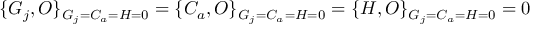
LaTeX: \{ G _ { j } , O \} _ { G _ { j } = C _ { a } = H = 0 } = \{ C _ { a } , O \} _ { G _ { j } = C _ { a } = H = 0 } = \{ H , O \} _ { G _ { j } = C _ { a } = H = 0 } = 0